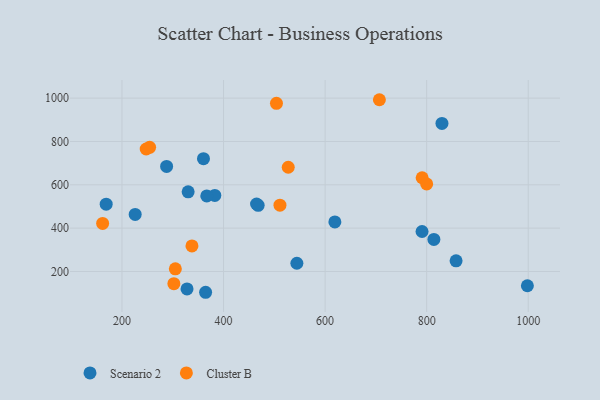
{"axis": {"x": "Distance", "y": "Profit"}, "legend": ["Cluster B", "Scenario 2"], "data": [{"x": "790.9", "y": 384.5, "type": "Scenario 2"}, {"x": "364.7", "y": 104.0, "type": "Scenario 2"}, {"x": "328.1", "y": 119.4, "type": "Scenario 2"}, {"x": "330.3", "y": 567.7, "type": "Scenario 2"}, {"x": "360.5", "y": 720.4, "type": "Scenario 2"}, {"x": "468.2", "y": 505.1, "type": "Scenario 2"}, {"x": "382.8", "y": 551.2, "type": "Scenario 2"}, {"x": "619.2", "y": 428.6, "type": "Scenario 2"}, {"x": "544.4", "y": 238.0, "type": "Scenario 2"}, {"x": "814.2", "y": 347.7, "type": "Scenario 2"}, {"x": "367.0", "y": 548.6, "type": "Scenario 2"}, {"x": "226.0", "y": 463.5, "type": "Scenario 2"}, {"x": "465.0", "y": 511.5, "type": "Scenario 2"}, {"x": "998.3", "y": 134.2, "type": "Scenario 2"}, {"x": "857.9", "y": 249.1, "type": "Scenario 2"}, {"x": "287.9", "y": 685.0, "type": "Scenario 2"}, {"x": "830.1", "y": 883.5, "type": "Scenario 2"}, {"x": "168.9", "y": 510.4, "type": "Scenario 2"}, {"x": "302.2", "y": 143.7, "type": "Cluster B"}, {"x": "504.2", "y": 976.2, "type": "Cluster B"}, {"x": "791.1", "y": 632.6, "type": "Cluster B"}, {"x": "527.4", "y": 681.0, "type": "Cluster B"}, {"x": "254.4", "y": 773.0, "type": "Cluster B"}, {"x": "305.1", "y": 212.2, "type": "Cluster B"}, {"x": "247.7", "y": 765.3, "type": "Cluster B"}, {"x": "706.9", "y": 992.7, "type": "Cluster B"}, {"x": "337.8", "y": 317.8, "type": "Cluster B"}, {"x": "511.1", "y": 506.0, "type": "Cluster B"}, {"x": "800.0", "y": 604.1, "type": "Cluster B"}, {"x": "161.9", "y": 421.7, "type": "Cluster B"}]}